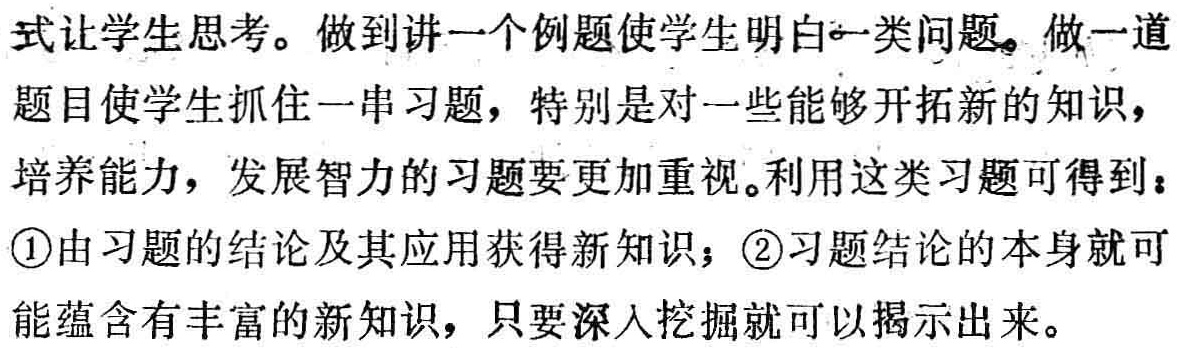
式让学生思考。做到讲一个例题使学生明白一类问题。做一道
题目使学生抓住一串习题，特别是对一些能够开拓新的知识，
培养能力，发展智力的习题要更加重视。利用这类习题可得到：
\textcircled{1}由习题的结论及其应用获得新知识；\textcircled{2}习题结论的本身就可
能蕴含有丰富的新知识，只要深入挖掘就可以揭示出来。